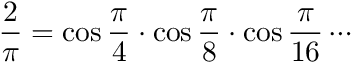
{ \frac { 2 } { \pi } } = \cos { \frac { \pi } { 4 } } \cdot \cos { \frac { \pi } { 8 } } \cdot \cos { \frac { \pi } { 1 6 } } \cdots